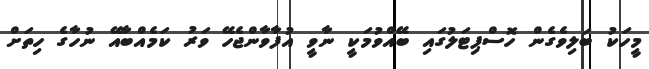
މީހަކު ބަލިވެގެން ހޮސްޕިޓަލުގައި ބޭއްވުމަކީ ނާވީ އުފާވާންޖެހޭ ވަރު ކަމެއްބާއޭ ނުހާގެ ހިތަށް